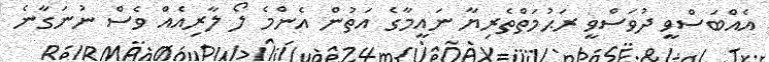
އެއްބަސްވީ ދުވަސްވީ ރަޙުމަތްތެރިޔާ ނައީމާގެ އަތުން އެންމެ ލޯ ލާރިއެއް ވެސް ނުނަގާނެ